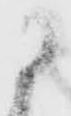
に